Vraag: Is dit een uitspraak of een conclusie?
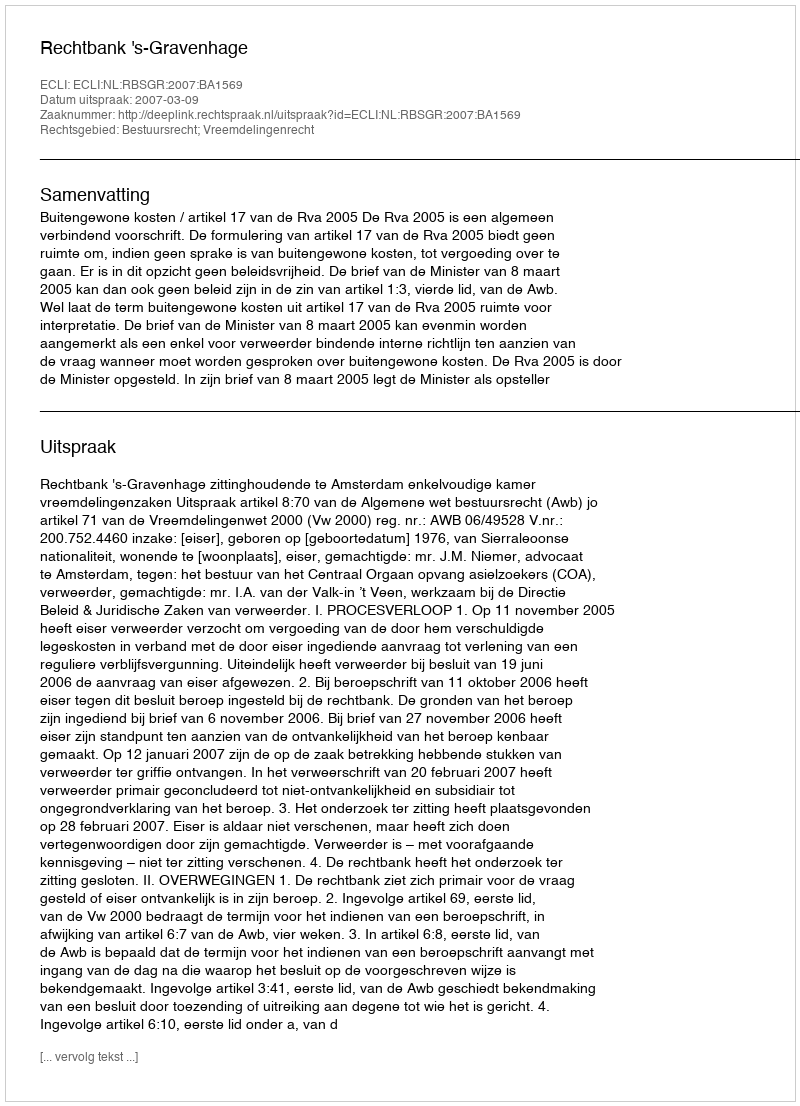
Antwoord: Uitspraak